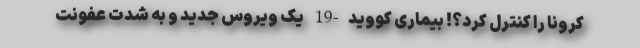
کرونا را کنترل کرد؟! بیماری کووید-19 یک ویروس جدید و به شدت عفونت